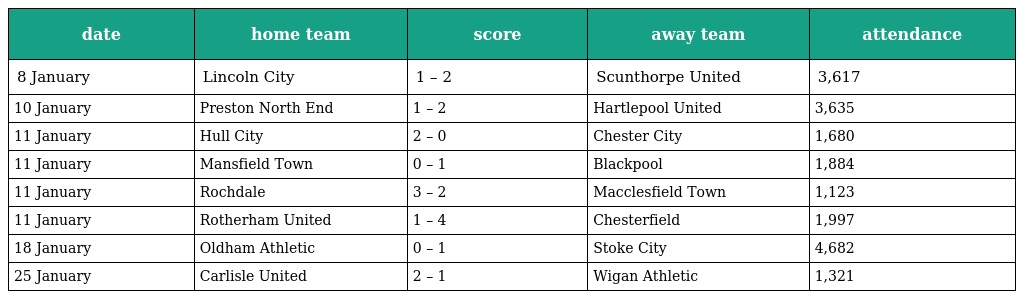
| date | home team | score | away team | attendance |
 | --- | --- | --- | --- | --- |
 | 8 January | Lincoln City | 1 – 2 | Scunthorpe United | 3,617 |
 | 10 January | Preston North End | 1 – 2 | Hartlepool United | 3,635 |
 | 11 January | Hull City | 2 – 0 | Chester City | 1,680 |
 | 11 January | Mansfield Town | 0 – 1 | Blackpool | 1,884 |
 | 11 January | Rochdale | 3 – 2 | Macclesfield Town | 1,123 |
 | 11 January | Rotherham United | 1 – 4 | Chesterfield | 1,997 |
 | 18 January | Oldham Athletic | 0 – 1 | Stoke City | 4,682 |
 | 25 January | Carlisle United | 2 – 1 | Wigan Athletic | 1,321 |